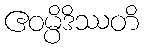
ဧဝမ္ပိဒိဿတိ